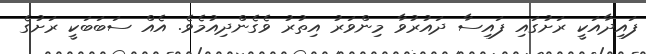
ފައިދާއަކީ ރަށުގައި ފައިސާ ދައުރުވާ މިންވަރު އިތުރު ވެގެންދިއުމެވެ. އެއް ސަބަބަކީ ރަށުގެ